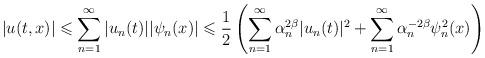
LaTeX: \begin{align*}|u(t,x)|\leqslant \sum_{n=1}^{\infty}|u_n(t)||\psi_n(x)|\leqslant\frac{1}{2}\left(\sum_{n=1}^{\infty}\alpha_n^{2\beta}|u_n(t)|^2+\sum_{n=1}^{\infty}\alpha_n^{-2\beta}\psi_n^2(x)\right)\end{align*}